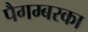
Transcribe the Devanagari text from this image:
पैगम्बरका